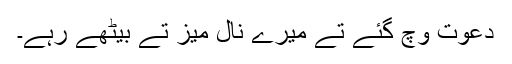
دعوت وچ گئے تے میرے نال میز تے بیٹھے رہے۔